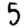
Digit: 5